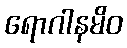
ရောဂါနမိဝ